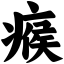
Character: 瘊